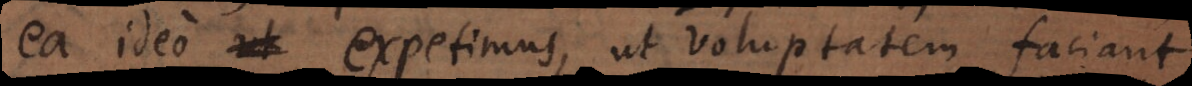
ea ideo expetimus, ut voluptatem faciant,